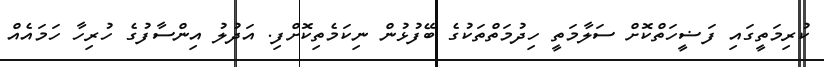
ކުރިމަތީގައި ފަޟީހަތްކޮށް ސަލާމަތީ ހިދުމަތްތަކުގެ ބޭފުޅުން ނިކަމެތިކޮށްފި. އަދުލު އިންސާފުގެ ހުރިހާ ހަމައެއް